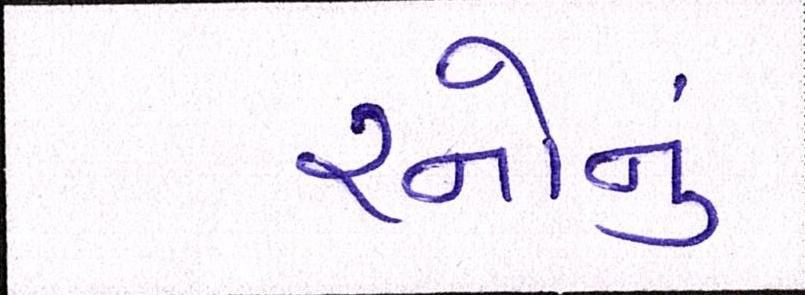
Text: રનોનું